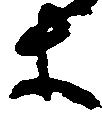
等